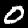
Digit: 0